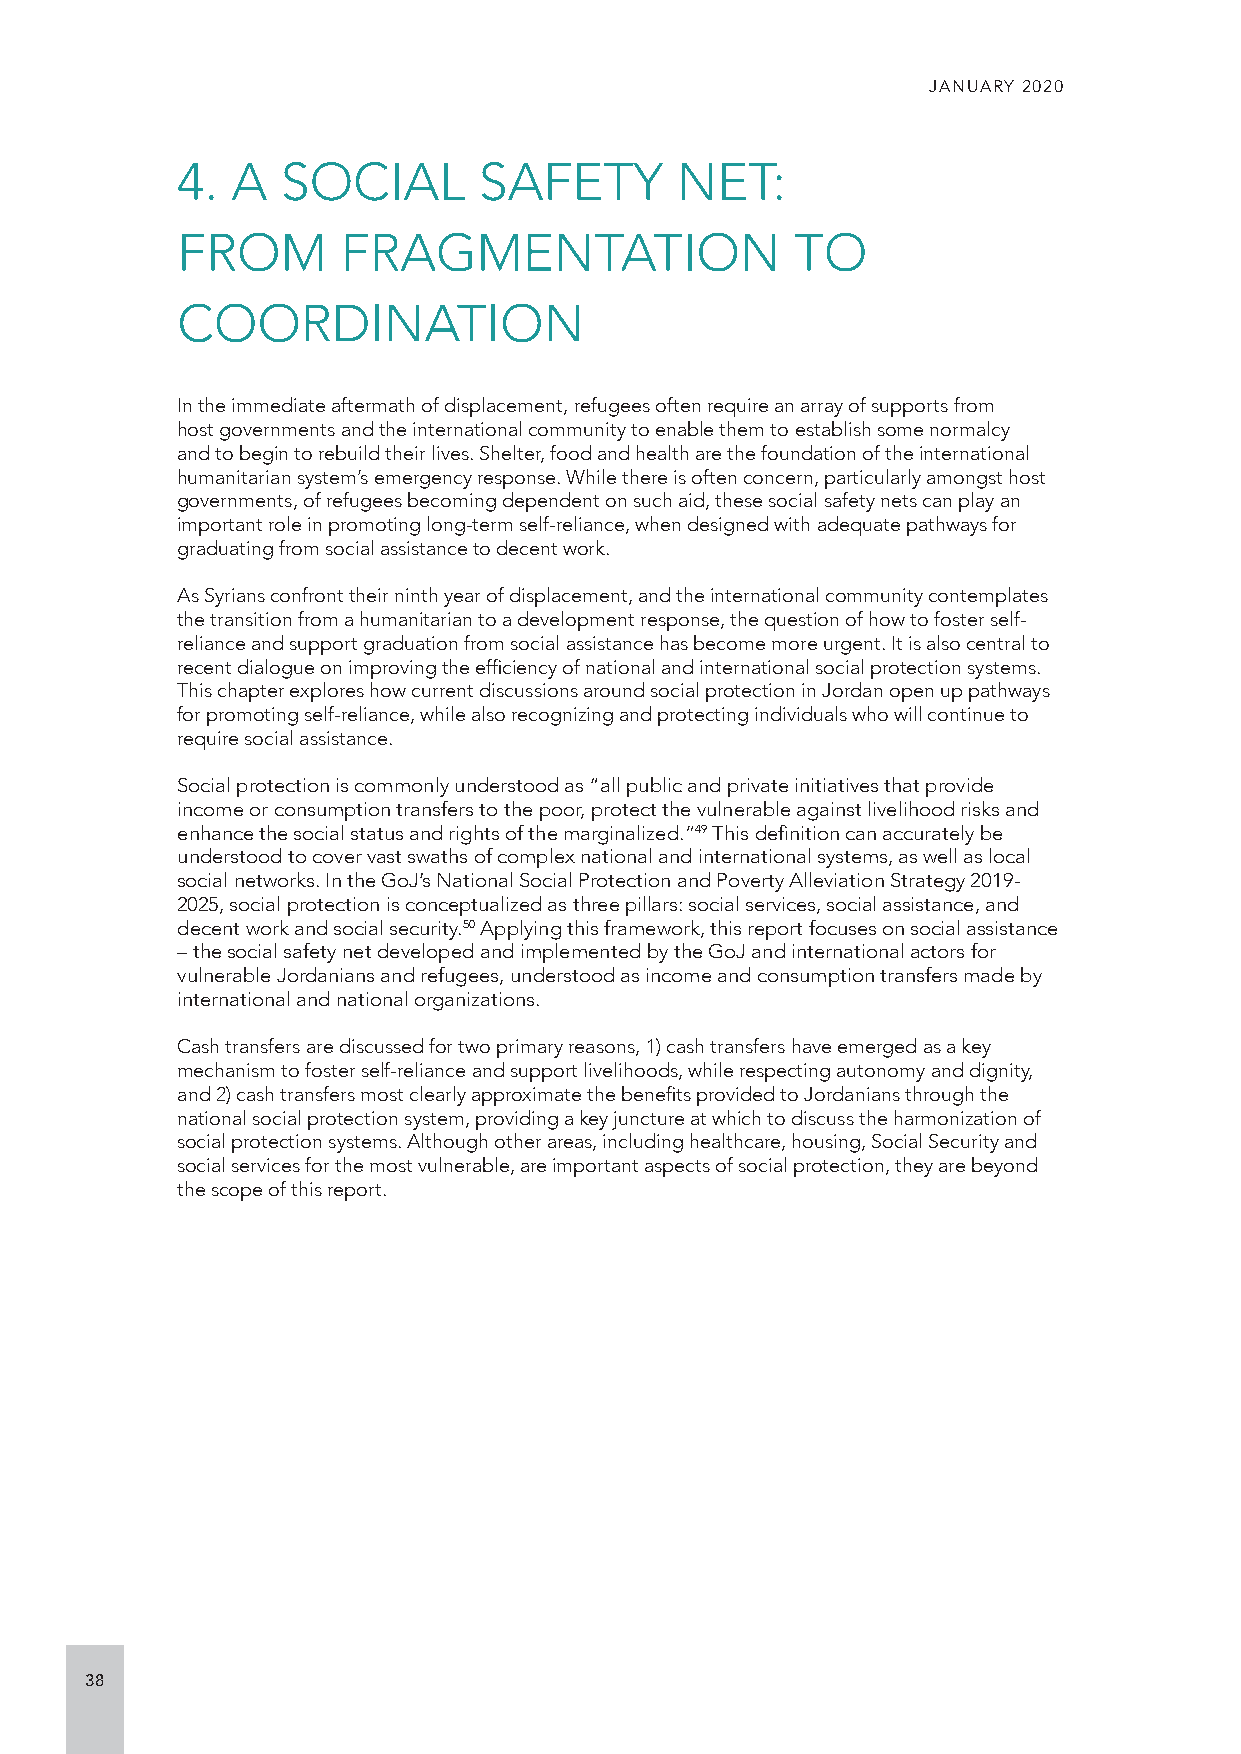
JANUARY 2020
 4. A   SOCIAL       SAFETY       NET:
 FROM       FRAGMENTATION                 TO
 COORDINATION
 In the immediate aftermath of displacement, refugees often require an array of supports from
 host governments and the international community to enable them to establish some normalcy
 and to begin to rebuild their lives. Shelter, food and health are the foundation of the international
 humanitarian system’s emergency response. While there is often concern, particularly amongst host
 governments, of refugees becoming dependent on such aid, these social safety nets can play an
 important role in promoting long-term self-reliance, when designed with adequate pathways for
 graduating from social assistance to decent work.
 As Syrians confront their ninth year of displacement, and the international community contemplates
 the transition from a humanitarian to a development response, the question of how to foster self-
 reliance and support graduation from social assistance has become more urgent. It is also central to
 recent dialogue on improving the efficiency of national and international social protection systems.
 This chapter explores how current discussions around social protection in Jordan open up pathways
 for promoting self-reliance, while also recognizing and protecting individuals who will continue to
 require social assistance.
 Social protection is commonly understood as “all public and private initiatives that provide
 income or consumption transfers to the poor, protect the vulnerable against livelihood risks and
 enhance the social status and rights of the marginalized.”49 This definition can accurately be
 understood to cover vast swaths of complex national and international systems, as well as local
 social networks. In the GoJ’s National Social Protection and Poverty Alleviation Strategy 2019-
 2025, social protection is conceptualized as three pillars: social services, social assistance, and
 decent work and social security.50 Applying this framework, this report focuses on social assistance
 – the social safety net developed and implemented by the GoJ and international actors for
 vulnerable Jordanians and refugees, understood as income and consumption transfers made by
 international and national organizations.
 Cash transfers are discussed for two primary reasons, 1) cash transfers have emerged as a key
 mechanism to foster self-reliance and support livelihoods, while respecting autonomy and dignity,
 and 2) cash transfers most clearly approximate the benefits provided to Jordanians through the
 national social protection system, providing a key juncture at which to discuss the harmonization of
 social protection systems. Although other areas, including healthcare, housing, Social Security and
 social services for the most vulnerable, are important aspects of social protection, they are beyond
 the scope of this report.
 38